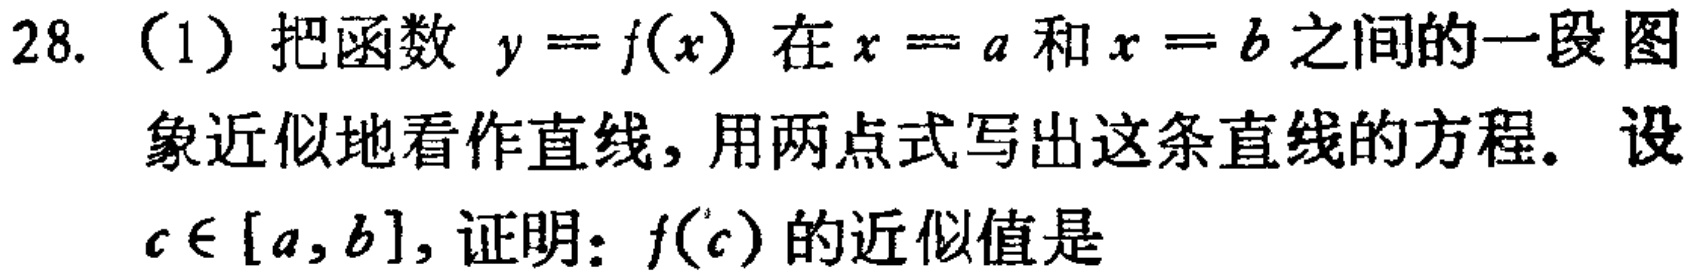
28. （1）把函数 \(y = f(x)\) 在 \(x = a\) 和 \(x = b\) 之间的一段图象近似地看作直线，用两点式写出这条直线的方程。设 \(c\in[a,b]\)，证明：\(f(c)\) 的近似值是